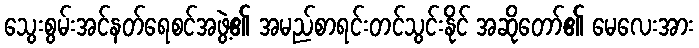
သွေးစွမ်းအင်နတ်ရေစင်အဖွဲ့၏ အမည်စာရင်းတင်သွင်းနိုင် အဆိုတော်၏ မေလေးအား